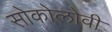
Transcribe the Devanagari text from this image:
सोकोलोवी